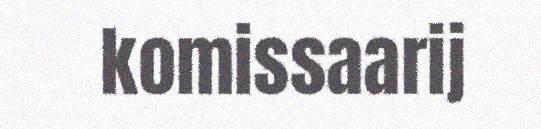
komissaarij